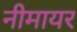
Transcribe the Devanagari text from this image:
नीमायर